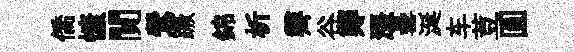
僑慷閴鶯蹶錦析霽谷鄭漲罍涎车荳圓